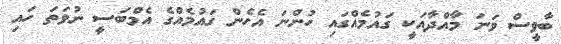
ބާވީސް ވަނަ މާއްދާއަކީ ގައުމެއްގައި ހުންނަ އެހެން ގައުމެއްގެ އެމްބަސީ ނުވަތަ ހައި